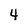
Character: 4